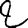
Digit: 2